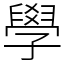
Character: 學